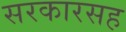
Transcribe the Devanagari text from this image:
सरकारसह